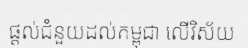
ផ្តល់ជំនួយដល់កម្ពុជា លើវិស័យ